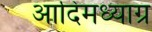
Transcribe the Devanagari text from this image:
आदिमध्याग्र